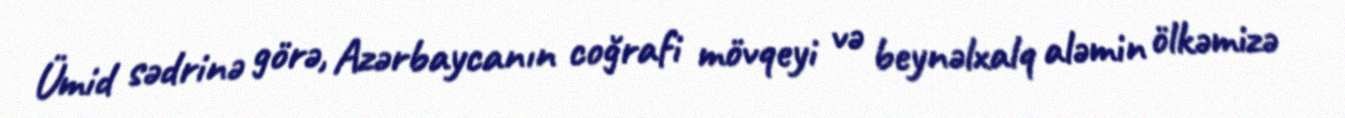
Ümid sədrinə görə, Azərbaycanın coğrafi mövqeyi və beynəlxalq aləmin ölkəmizə